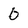
Character: 0